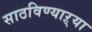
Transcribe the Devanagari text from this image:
साठविण्याऱ्या